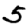
Digit: 5